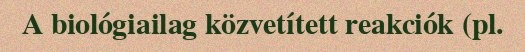
A biológiailag közvetített reakciók (pl.